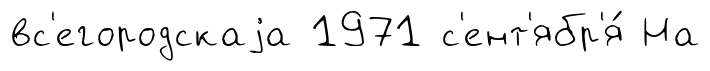
вс'егородскаjа 1971 с'ент'ябр'я́ На